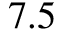
7 . 5